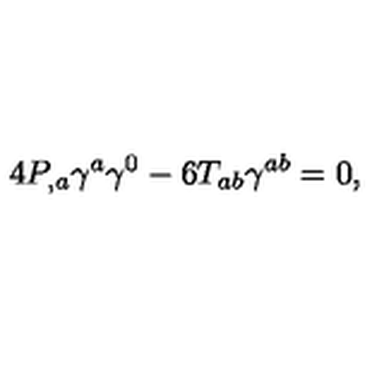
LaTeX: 4 P _ { , a } \gamma ^ { a } \gamma ^ { 0 } - 6 T _ { a b } \gamma ^ { a b } = 0 ,